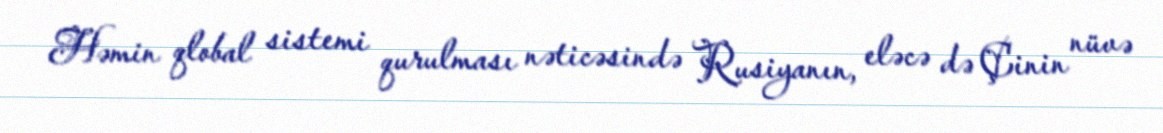
Həmin qlobal sistemi qurulması nəticəsində Rusiyanın, eləcə də Çinin nüvə